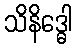
သိနိဒ္ဓေါ